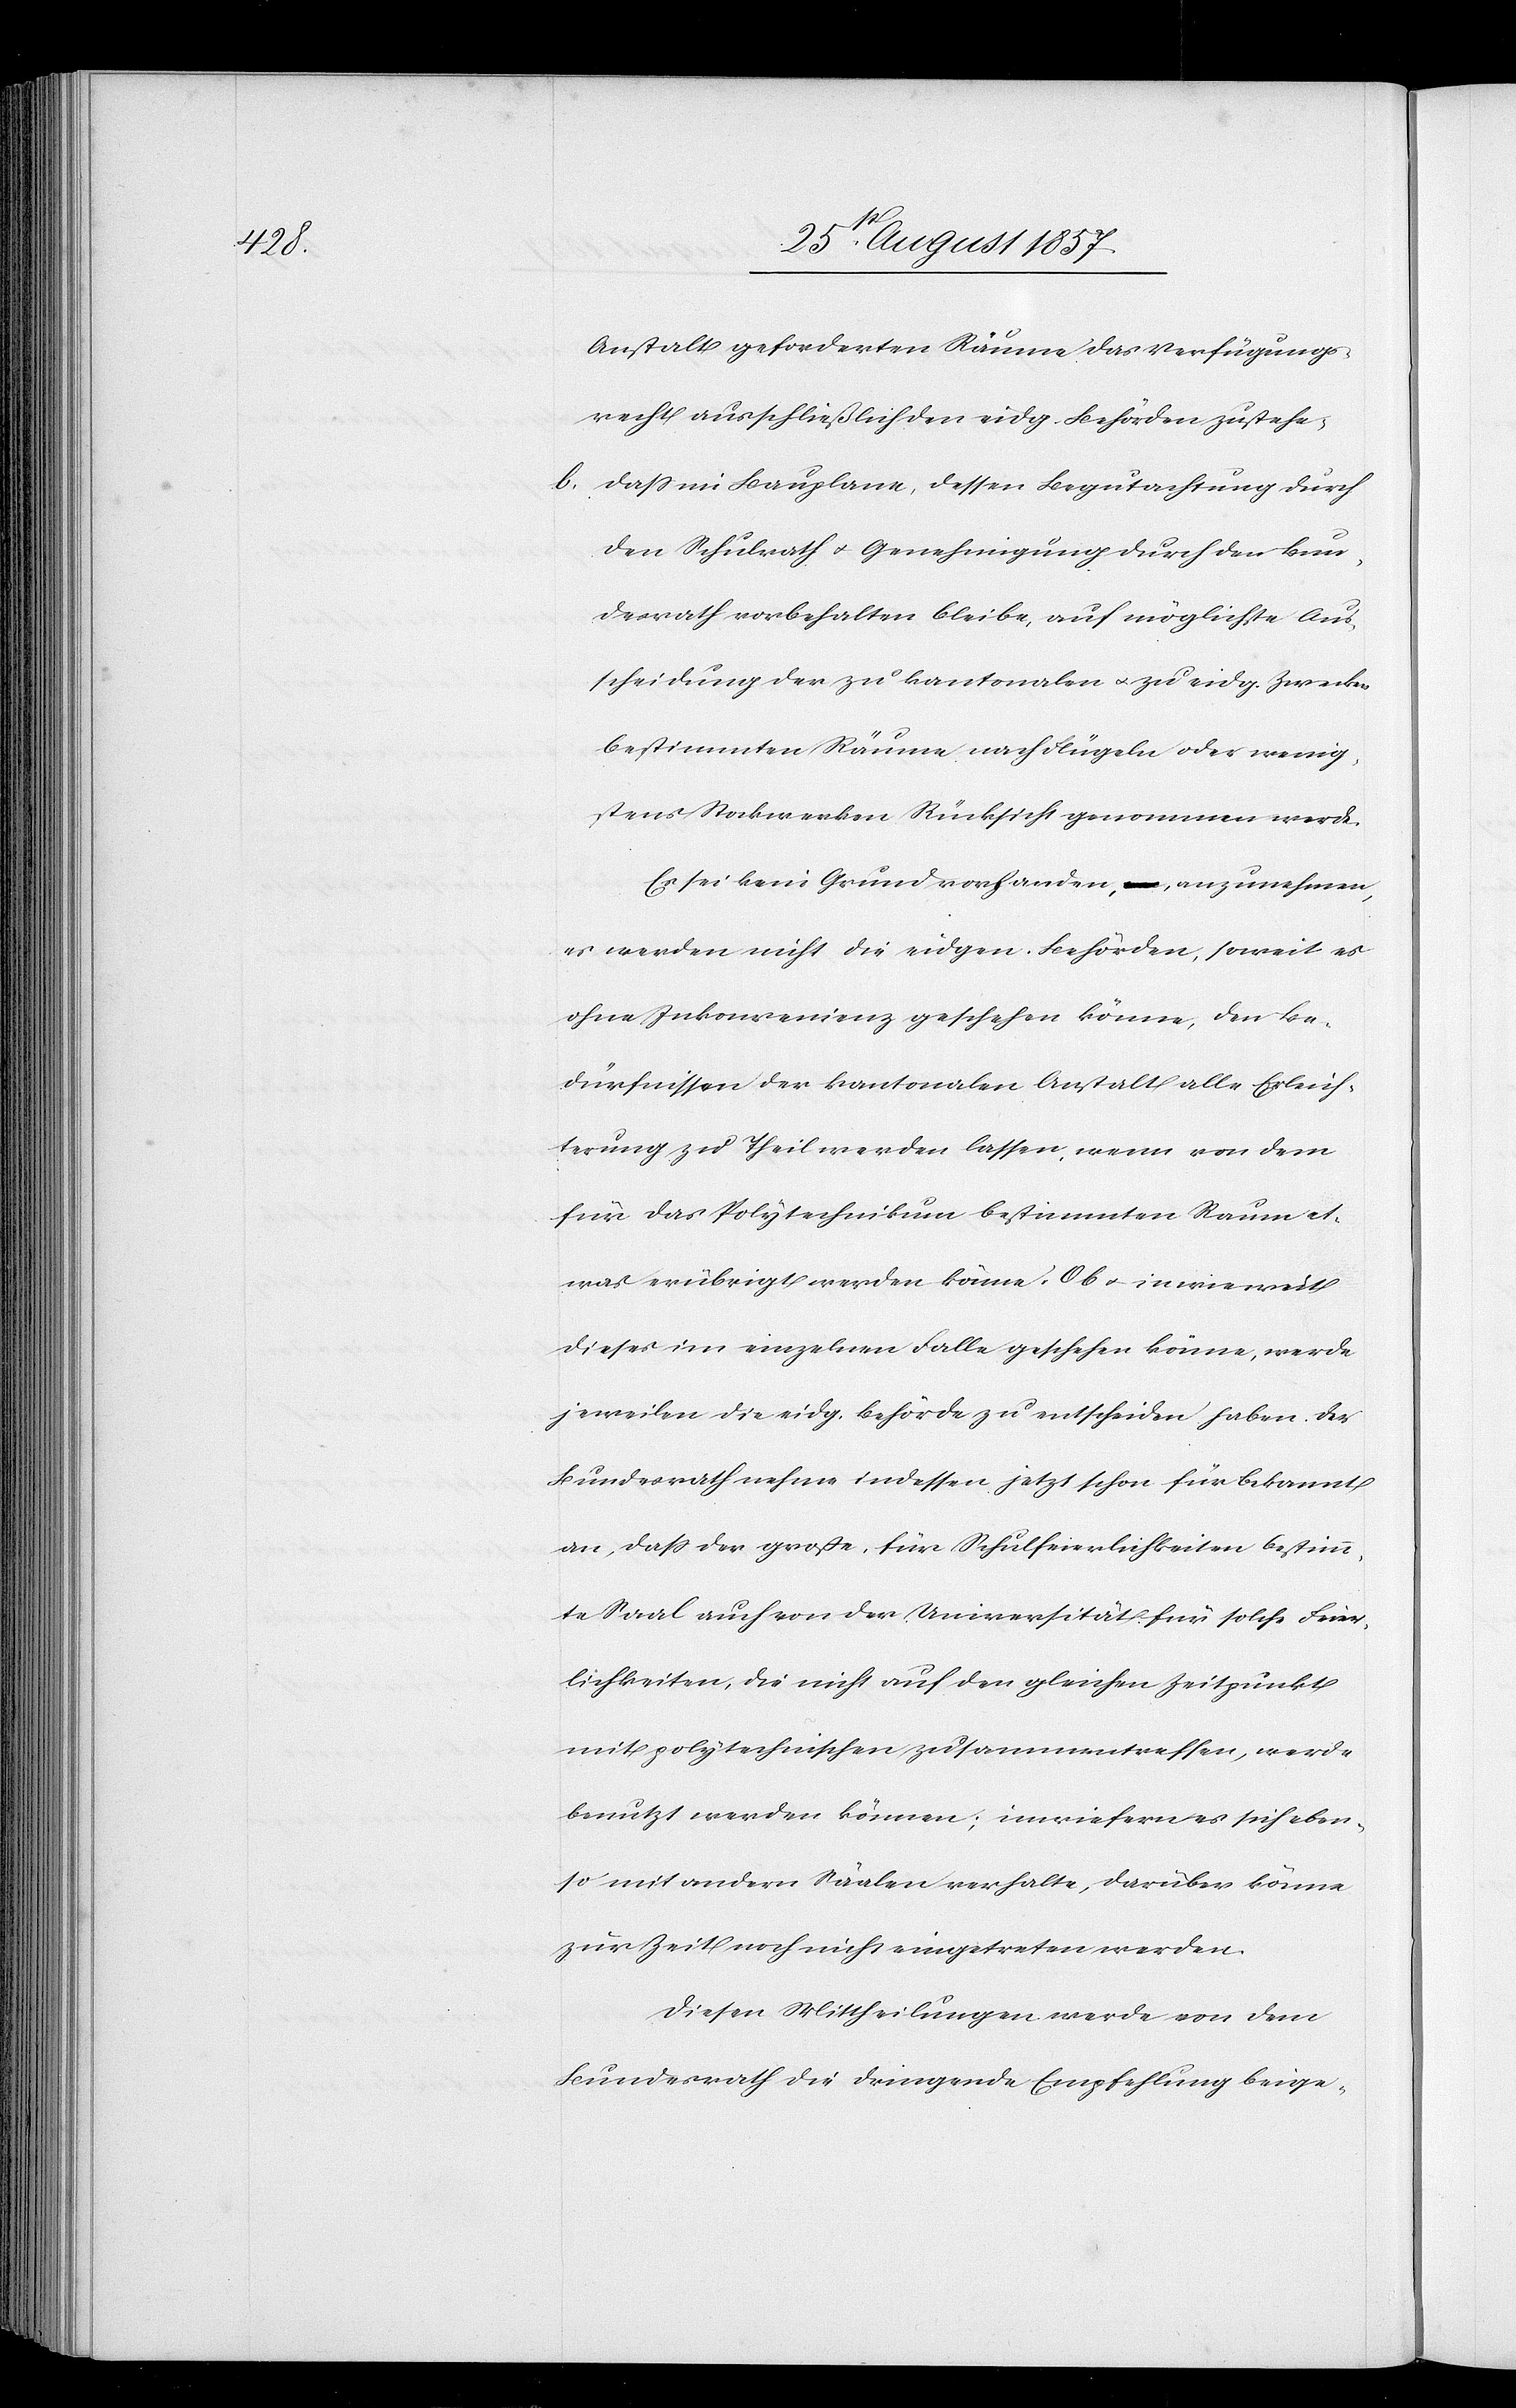
Anstalt geforderten Räume das Verfügungs¬
recht ausschließlich den eidg. Behörden zustehe,
b, daß im Bauplane, dessen Begutachtung durch
den Schulrath & Genehmigung durch den Bun¬
desrath vorbehalten bleibe, auf möglichste Aus¬
scheidung der zu kantonalen & zu eidg. Zwecken
bestimmten Räume nach Flügeln oder wenig¬
stens Stockwerken Rücksicht genommen werde.
Es sei kein Grund vorhanden, anzunehmen,
es werden nicht die eidgen. Behörden, soweit es
ohne Zustimmung geschehen könne, den Be¬
dürfnissen der kantonalen Anstalt alle Erleich¬
terung zu Theil werden lassen, wenn von dem
für das Polytechnikum bestimmten Raum et¬
was erübrigt werden könne. Ob & inwieweit
dieses im einzelnen Falle geschehen könne, werde
jeweilen die eidg. Behörde zu entscheiden haben. Der
Bundesrath nehme indessen jetzt schon für bekannt
an, daß der große, für Räumlichkeiten bestimm¬
te Saal auch von der Universität für solche Feier¬
lichkeiten, die nicht auf den gleichen Zeitpunkt
mit polytechnischen zusammentreffen, werde
benutzt werden können; inwiefern es sich eben¬
so mit andern Säalen verhalte, darüber könne
zur Zeit noch nicht eingetreten werden.
Diesen Mittheilungen werde von dem
Bundesrath die dringende Empfehlung beige-